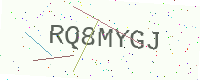
Text: RQ8MYGJ